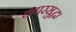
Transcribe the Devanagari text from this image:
वापरसुद्धा